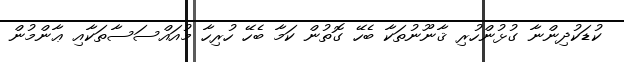
ކުޑަކުދިންނާ ގުޅުންހުރި ޤާނޫނުތަކާ ބެހޭ ގޮތުން ކަމާ ބެހޭ ހުރިހާ މުއައްސަސާތަކާއި ޢާންމުން